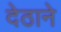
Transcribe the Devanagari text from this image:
देठाने